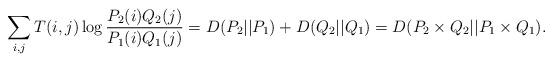
LaTeX: \begin{align*} \sum_{i,j} T(i,j) \log \frac{ P_2(i) Q_2(j) }{ P_1(i) Q_1(j) } = D(P_2||P_1) + D(Q_2||Q_1) = D(P_2 \times Q_2||P_1 \times Q_1) .\end{align*}